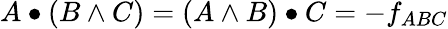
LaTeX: A\bullet(B\wedge C)=(A\wedge B)\bullet C=-f_{ABC}